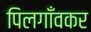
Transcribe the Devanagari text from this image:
पिलगाँवकर